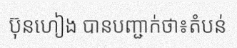
ប៊ុនហៀង បានបញ្ជាក់ថា៖តំបន់